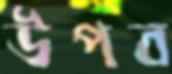
উপব